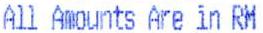
ALL AMOUNTS ARE IN RM